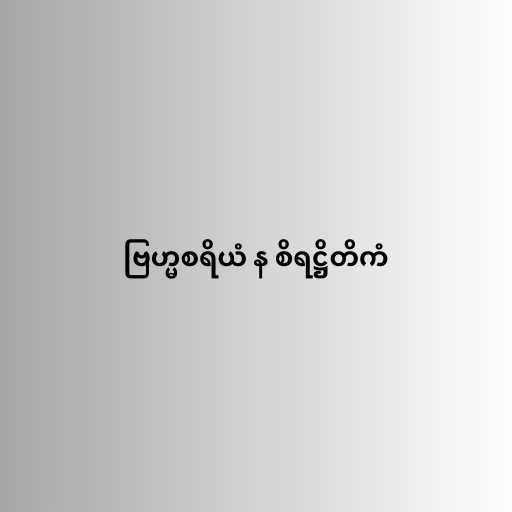
ဗြဟ္မစရိယံ န စိရဋ္ဌိတိကံ